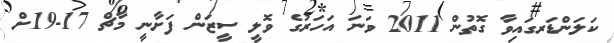
ކަލަންޑަރގައިވާ ގޮތުން 2011 ވަނަ އަހަރުގެ ވޮލީ ސީޒަން ފަށާނީ މާޗް 17-19ށް